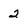
Character: 2